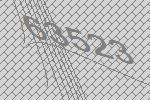
63523